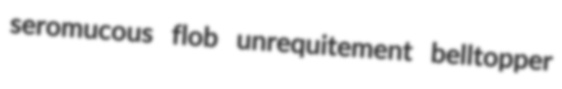
seromucous flob unrequitement belltopper